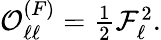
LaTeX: \begin{array}{r}{\mathcal{O}_{\ell\ell}^{(F)}=\frac{1}{2}\mathcal{F}_{\ell}^{2}.}\end{array}